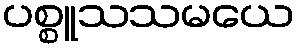
ပစ္စူသသမယေ